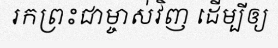
រកព្រះជាម្ចាស់វិញ ដើម្បីឲ្យ